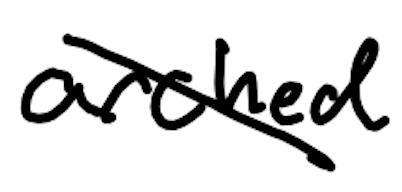
Text: arched
Cross-out: diagonal
Writing tool: digital_black